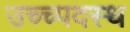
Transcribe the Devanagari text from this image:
उच्च्पदस्थ